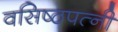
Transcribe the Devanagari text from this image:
वसिष्ठपत्नी